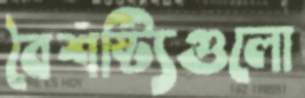
বৈশষ্ট্যিগুলো